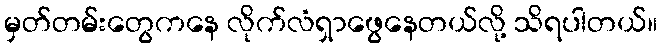
မှတ်တမ်းတွေကနေ လိုက်လံရှာဖွေနေတယ်လို့ သိရပါတယ်။